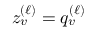
z _ { v } ^ { ( \ell ) } = q _ { v } ^ { ( \ell ) }